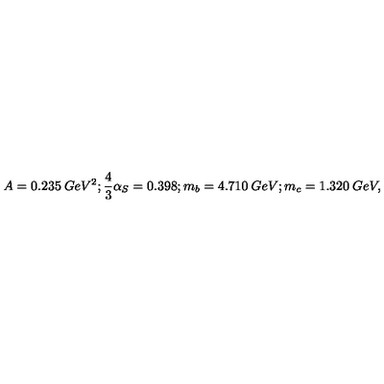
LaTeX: A = 0 . 2 3 5 \: G e V ^ { 2 } ; \frac { 4 } { 3 } \alpha _ { S } = 0 . 3 9 8 ; m _ { b } = 4 . 7 1 0 \: G e V ; m _ { c } = 1 . 3 2 0 \: G e V ,